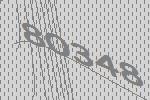
80348